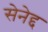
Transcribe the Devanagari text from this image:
सेनेद्द